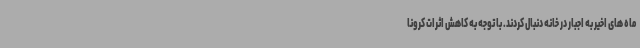
ماه های اخیر به اجبار در خانه دنبال کردند. با توجه به کاهش اثرات کرونا